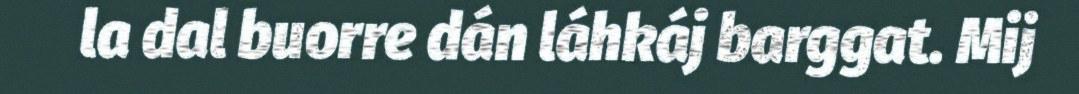
la dal buorre dán láhkáj barggat. Mij